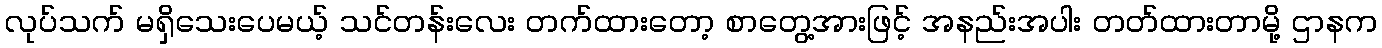
လုပ်သက် မရှိသေးပေမယ့် သင်တန်းလေး တက်ထားတော့ စာတွေ့အားဖြင့် အနည်းအပါး တတ်ထားတာမို့ ဌာနက